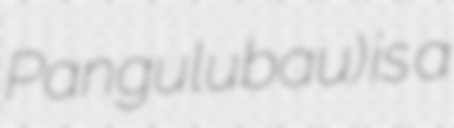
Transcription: Pangulubau) is a